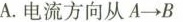
A.电流方向从$$A→B$$